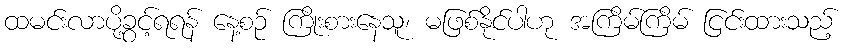
ထမင်းလာပို့ခွင့်ရရန် နေ့စဉ် ကြိုးစားနေသူ၊ မဖြစ်နိုင်ပါဟု အကြိမ်ကြိမ် ငြင်းထားသည့်